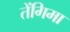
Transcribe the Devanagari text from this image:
तेंगिमा